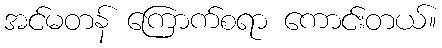
အင်မတန် ကြောက်စရာ ကောင်းတယ်။